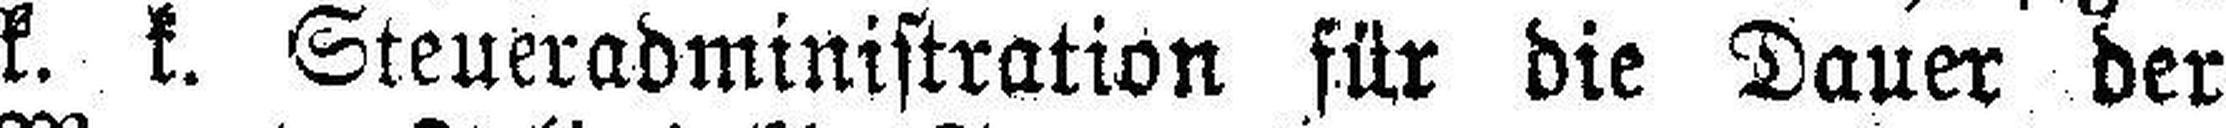
k. k. Steueradministration für die Dauer der